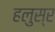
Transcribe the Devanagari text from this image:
हलुस्र